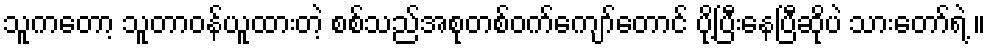
သူကတော့ သူတာဝန်ယူထားတဲ့ စစ်သည်အစုတစ်ဝက်ကျော်တောင် ပို့ပြီးနေပြီဆိုပဲ သားတော်ရဲ့ ။